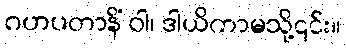
ဂဟပတာနိံ ဝါ၊ ဒါယိကာမသို့၎င်း။